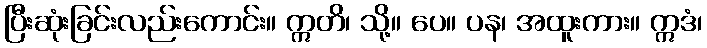
ပြီးဆုံးခြင်းလည်းကောင်း။ ဣတိ၊ သို့။ ပေ။ ပန၊ အထူးကား။ ဣဒံ၊